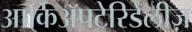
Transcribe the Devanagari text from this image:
आर्किॲपटेरिडेलीज़